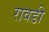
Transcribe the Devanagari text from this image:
रावडी